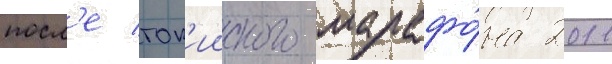
посл'е ток'ииского марафо́на 2011